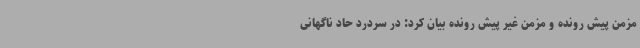
مزمن پیش رونده و مزمن غیر پیش رونده بیان کرد: در سردرد حاد ناگهانی